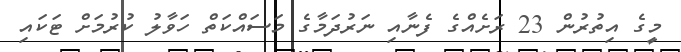
މީގެ އިތުރުން 23 ރަށެއްގެ ފެނާއި ނަރުދަމާގެ މަސައްކަތް ހަވާލު ކުރުމަށް ޓަކައި